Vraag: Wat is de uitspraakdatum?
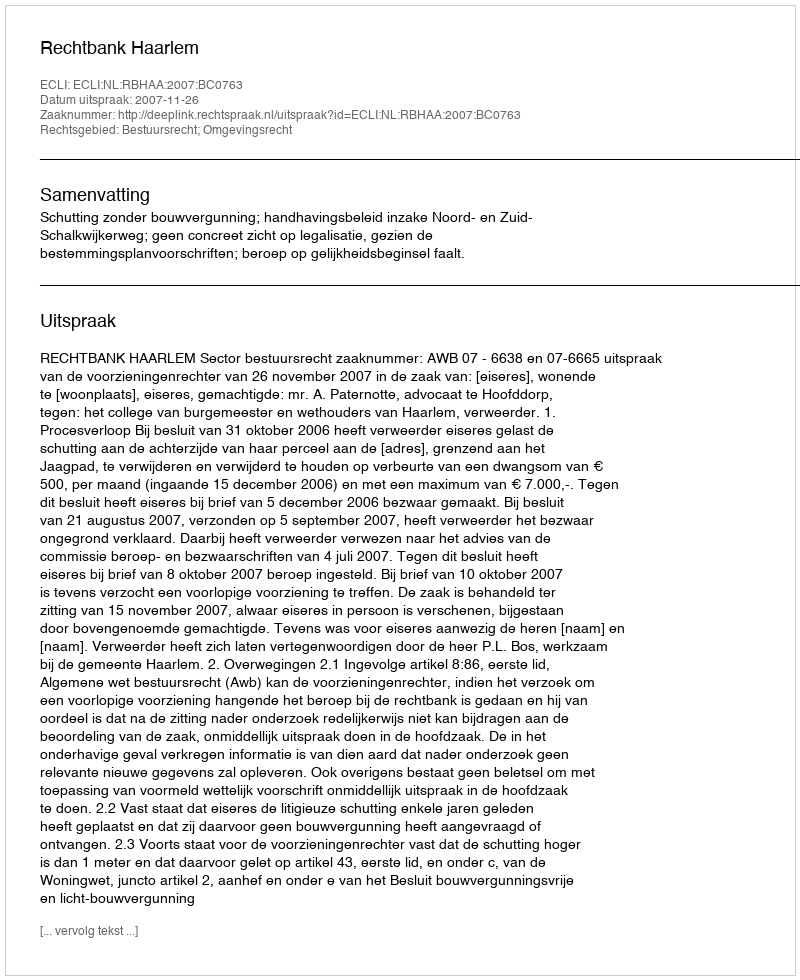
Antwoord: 2007-11-26